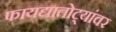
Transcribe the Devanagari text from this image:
फायद्यातोट्यांवर